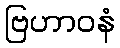
ဗြဟာဝနံ